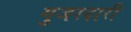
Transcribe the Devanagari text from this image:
गुजरदारी